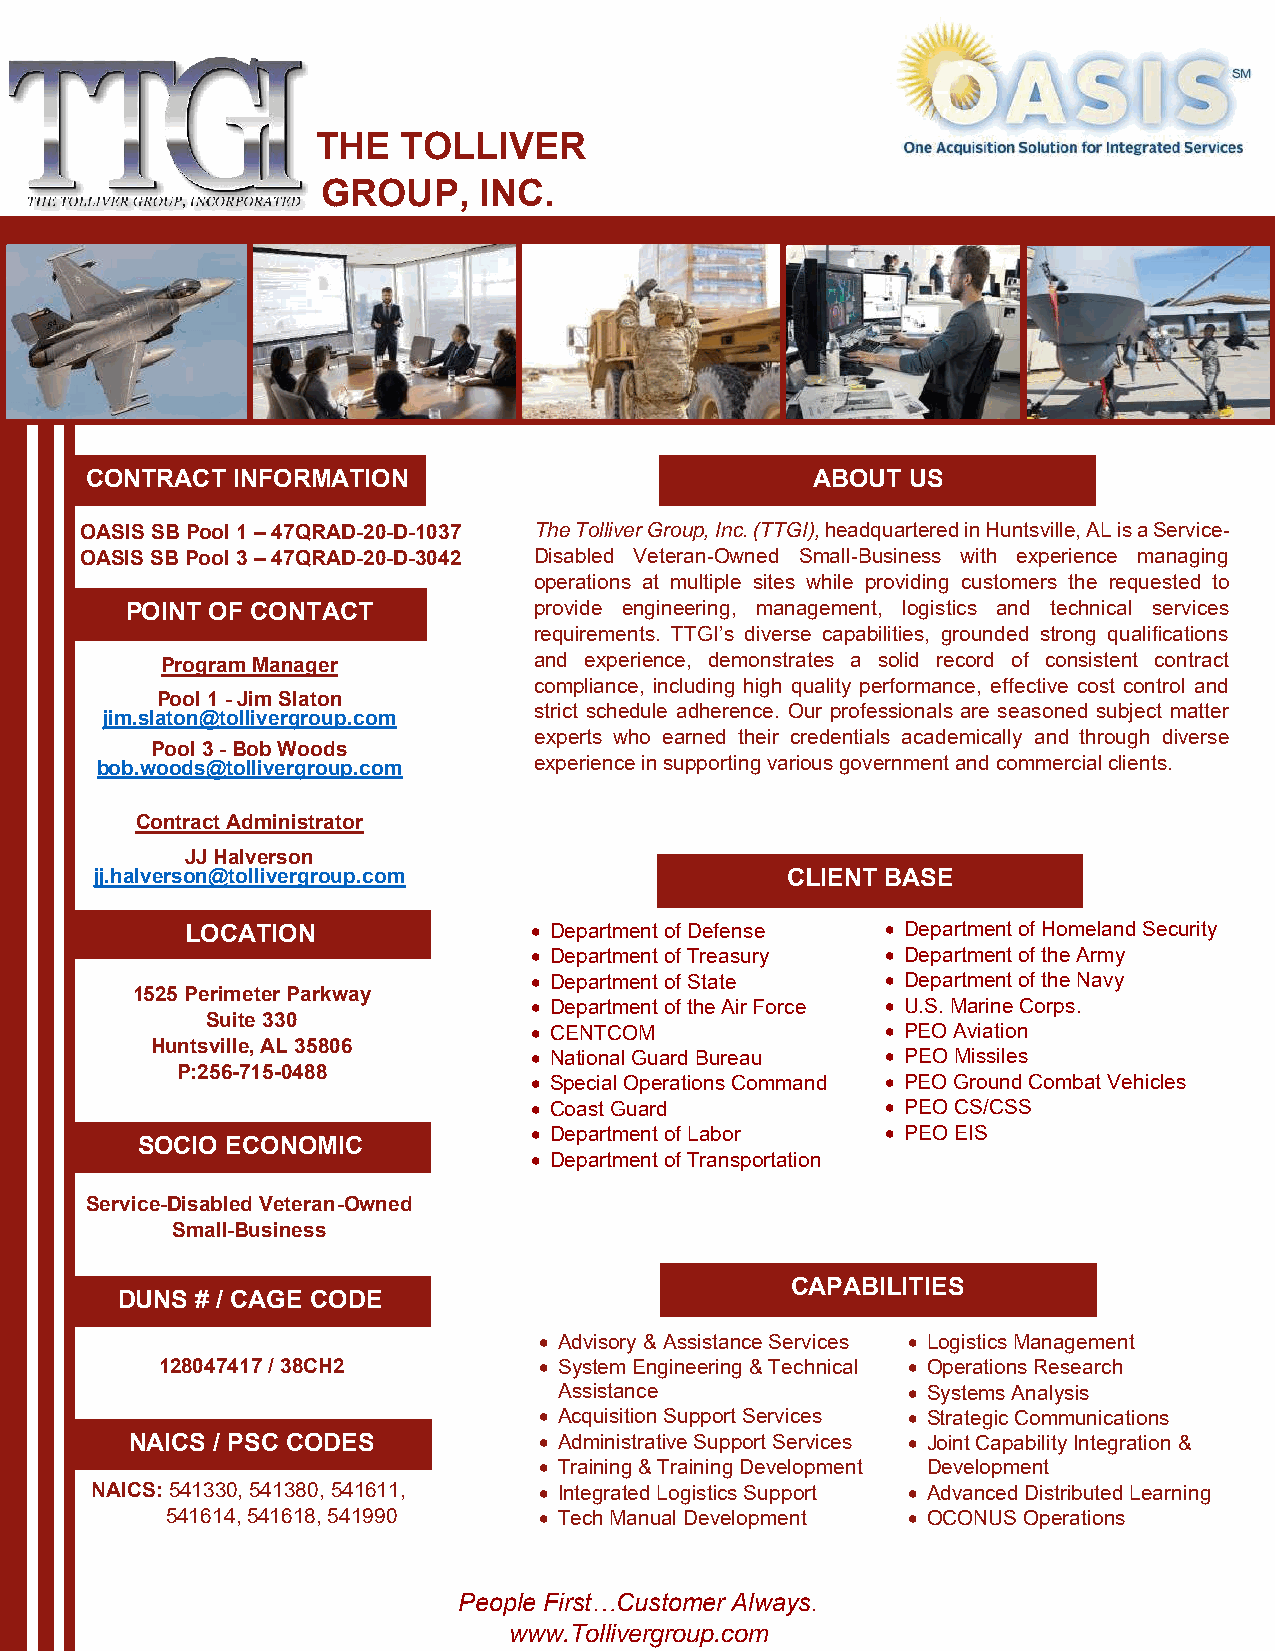
THE   TOLLIVER
 GROUP,     INC.
 CONT RACT INFORMATION                           ABOUT US
 OASIS SB Pool 1 – 47QRAD-20-D-1037 The Tolliver Group, Inc. (TTGI), headquartered in Huntsville, AL is a Service-
 OASIS SB Pool 3 – 47QRAD-20-D-3042 Disabled Veteran-Owned Small-Business with experience managing
 operations at multiple sites while providing customers the requested to
 POINT OF CONTACT           provide engineering, management, logistics and technical services
 requirements. TTGI’s diverse capabilities, grounded strong qualifications
 Program Manager         and experience, demonstrates a solid record of consistent contract
 compliance, including high quality performance, effective cost control and
 Pool 1 - Jim Slaton
 strict schedule adherence. Our professionals are seasoned subject matter
 jim.slaton@tollivergroup.com
 experts who earned their credentials academically and through diverse
 Pool 3 - Bob Woods
 bob.woods@tollivergroup.com  experience in supporting various government and commercial clients.
 Contract Administrator
 JJ Halverson
 jj.halverson@tollivergroup.com                CLIENT BASE
 LOCATION               • Department of Defense • Department of Homeland Security
 • Department of Treasury • Department of the Army
 • Department of State   • Department of the Navy
 1525 Perimeter Parkway
 • Department of the Air Force • U.S. Marine Corps.
 Suite 330
 • CENTCOM               • PEO Aviation
 Huntsville, AL 35806
 • National Guard Bureau • PEO Missiles
 P:256-715-0488
 • Special Operations Command • PEO Ground Combat Vehicles
 • Coast Guard           • PEO CS/CSS
 • Department of Labor   • PEO EIS
 SOCIO ECONOMIC
 • Department of Transportation
 Service-Disabled Veteran-Owned
 Small-Business
 CAPABILITIES
 DUNS # / CAGE CODE
 • Advisory & Assistance Services • Logistics Management
 128047417 / 38CH2        • System Engineering & Technical • Operations Research
 Assistance             • Systems Analysis
 • Acquisition Support Services • Strategic Communications
 NAICS / PSC CODES          • Administrative Support Services • Joint Capability Integration &
 • Training & Training Development Development
 NAICS: 541330, 541380, 541611, • Integrated Logistics Support • Advanced Distributed Learning
 541614, 541618, 541990   • Tech Manual Development • OCONUS Operations
 People First…Customer Always.
 www.Tollivergroup.com